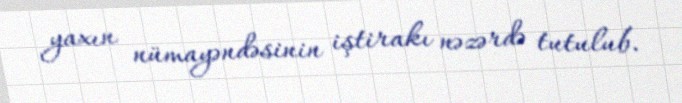
yaxın nümayəndəsinin iştirakı nəzərdə tutulub.